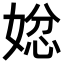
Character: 𭒄